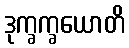
ဒုက္ခက္ခယောတိ